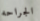
الجراحه